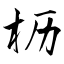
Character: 枥